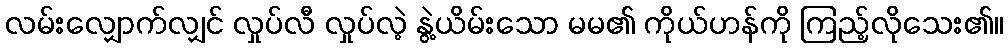
လမ်းလျှောက်လျှင် လှုပ်လီ လှုပ်လဲ့ နွဲ့ယိမ်းသော မမ၏ ကိုယ်ဟန်ကို ကြည့်လိုသေး၏။